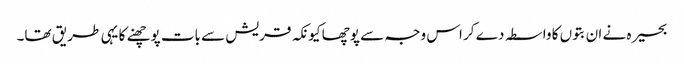
بحیرہ نے ان بتوں کا واسطہ دے کر اس وجہ سے پوچھا کیونکہ قریش سے بات پوچھنے کا یہی طریق تھا۔